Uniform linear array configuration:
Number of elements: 32
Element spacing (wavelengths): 0.25
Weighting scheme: kaiser
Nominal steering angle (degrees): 15
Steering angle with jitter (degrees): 16.27
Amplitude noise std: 0.05
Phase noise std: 0.05

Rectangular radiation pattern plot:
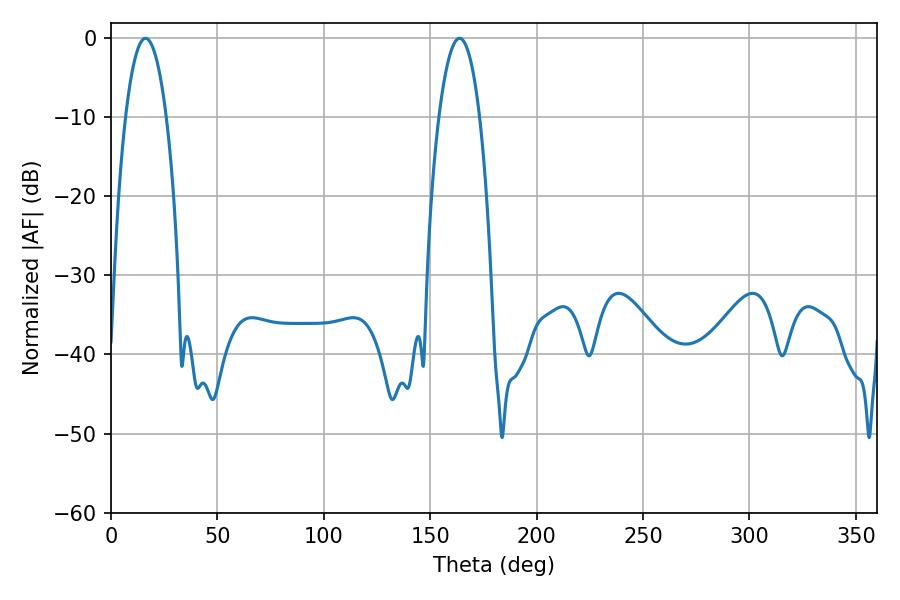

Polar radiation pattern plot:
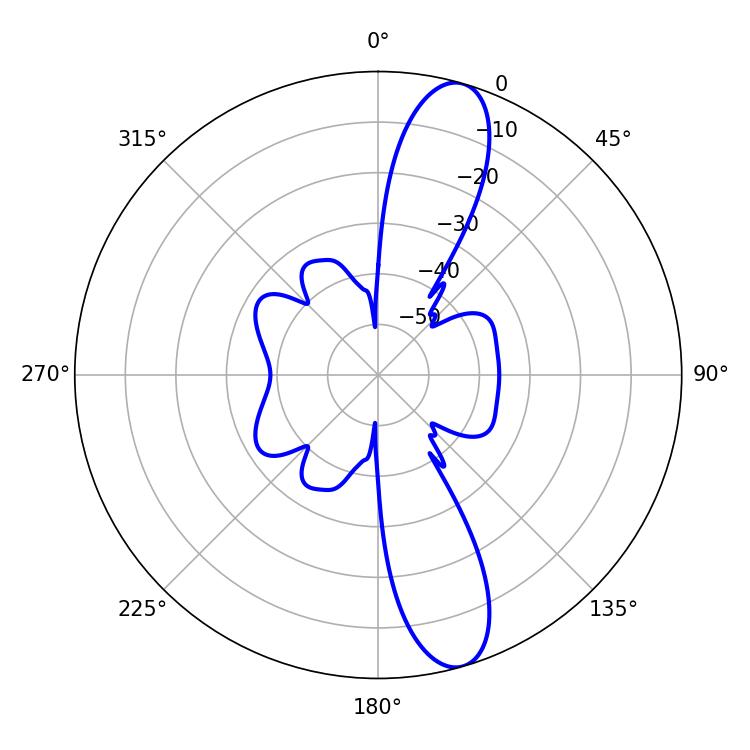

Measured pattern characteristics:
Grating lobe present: FALSE
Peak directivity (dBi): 12.569
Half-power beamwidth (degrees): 10.62
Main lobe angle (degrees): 16.2